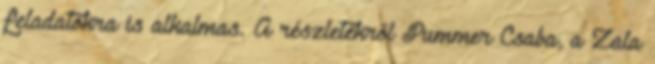
feladatokra is alkalmas. A részletekről Pummer Csaba, a Zala